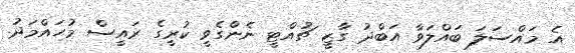
އެ މައްސަލަ ބައްލަވާ އަބްދު ގާޒީ ޗުއްޓީ ނެންގެވީ ކުރީގެ ރައީސް މުހައްމަދު